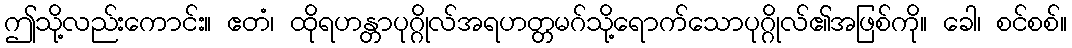
ဤသို့လည်းကောင်း။ ဧတံ၊ ထိုရဟန္တာပုဂ္ဂိုလ်အရဟတ္တမဂ်သို့ရောက်သောပုဂ္ဂိုလ်၏အဖြစ်ကို။ ခေါ၊ စင်စစ်။